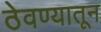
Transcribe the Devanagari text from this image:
ठेवण्यातून